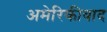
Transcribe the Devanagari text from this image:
अमेरिकीवाद